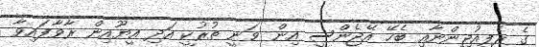
ގެ ރެފިއުޖީންނާއި ބެހޭ އޭޖެންސީ އިން ވަނީ ތުރުކީ އަދި އީޔޫއިން ރާވާފައިވާ